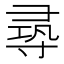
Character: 𡬶